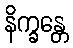
နိက္ခန္တေ